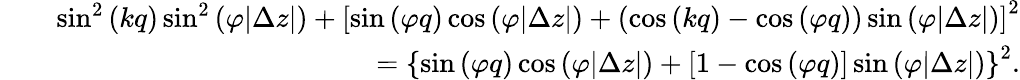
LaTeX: \begin{array}{rlr}&{}&{\sin^{2}{(kq)}\sin^{2}{(\varphi|\Delta z|)}+\left[\sin{(\varphi q)}\cos{(\varphi|\Delta z|)}+(\cos{(kq)}-\cos{(\varphi q)})\sin{(\varphi|\Delta z|)}\right]^{2}}\\ &{}&{=\left\{ \sin{(\varphi q)}\cos{(\varphi|\Delta z|)}+[1-\cos{(\varphi q)}]\sin{(\varphi|\Delta z|)}\right\} ^{2}.}\end{array}